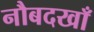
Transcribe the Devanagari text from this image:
नौबदखाँ